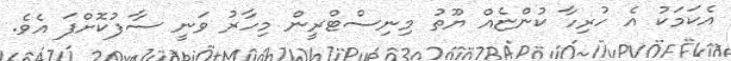
އެކަމަކު އެ ހުރިހާ ކުންޏެއް ޔޫތު މިނިސްޓްރީން މިހާރު ވަނީ ސާފުކޮށްފަ އެވެ.